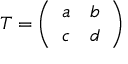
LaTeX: T = \left( \begin{array} { c c } { { a } } & { { b } } \\ { { c } } & { { d } } \end{array} \right)